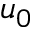
u _ { 0 }